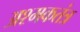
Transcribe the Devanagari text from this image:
अश्मकतंत्र